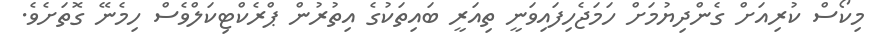
މިކޯސް ކުރިއަށް ގެންދިޔުމަށް ހަމަޖެހިފައިވަނީ ތިއަރީ ބައިތަކުގެ އިތުރުން ޕްރެކްޓިކަލްވެސް ހިމެނޭ ގޮތަށެވެ.